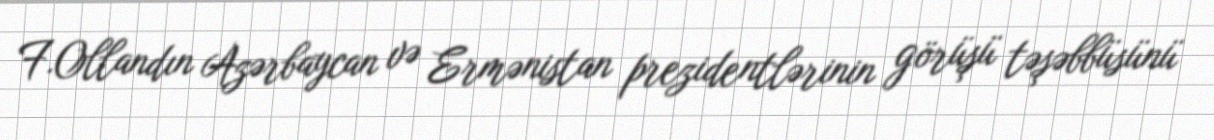
F.Ollandın Azərbaycan və Ermənistan prezidentlərinin görüşü təşəbbüsünü